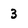
Character: 3